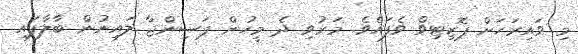
މި ވައިރަހަށް ޕޮޒިޓިވް ވެފައެވެ. މަރުވި ދެ މީހުން ޕަސިންޖާ ލައިނުން ބާލާފައި